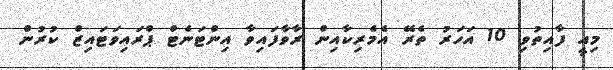
މިއީ ފާއިތުވި 10 އަހަރު ތެރޭ އެމެރިކާއިން ރާވާފައިވާ އިންޓަނެޓް ޕްރައިވަޓައިޒް ކުރުން